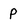
Character: p